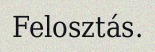
Felosztás.